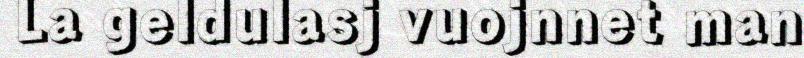
La geldulasj vuojnnet man